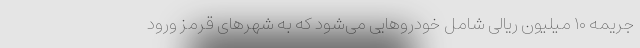
جریمه ۱۰ میلیون ریالی شامل خودروهایی می‌شود که به شهرهای قرمز ورود